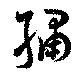
繡